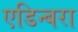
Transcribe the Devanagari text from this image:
एडिन्बरा